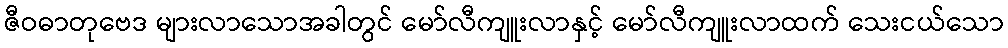
ဇီဝဓာတုဗေဒ များလာသောအခါတွင် မော်လီကျူးလာနှင့် မော်လီကျူးလာထက် သေးငယ်သော